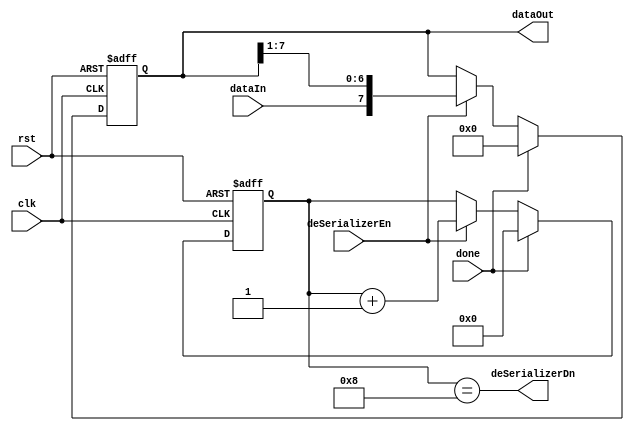
module Deserializer#(parameter DATAWIDTH=8)
    (
    input  wire                 clk,
    input  wire                 rst,
    input  wire                 deSerializerEn,
    input  wire                 dataIn,
    input  wire                 done,
    output wire                 deSerializerDn,
    output reg  [DATAWIDTH-1:0] dataOut
    );
    localparam PTRWIDTH = $clog2(DATAWIDTH)+1;

reg [PTRWIDTH-1:0] ptr;
always@(posedge clk or negedge rst)
begin
    if(!rst)
    begin
        dataOut<=0;
        ptr<=0;
    end
    else
    begin
        
        if(done)
        begin
            dataOut<=0;
            ptr<=0;
        end
        else if(deSerializerEn)
        begin

            ptr<=ptr+1;
            dataOut<={dataIn,dataOut[7:1]};
        
        end
    end
end
assign deSerializerDn = (ptr==DATAWIDTH);
endmodule